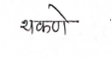
मजकूर: थकणे